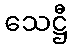
သေဋ္ဌီ